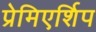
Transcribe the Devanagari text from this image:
प्रेमिएर्शिप